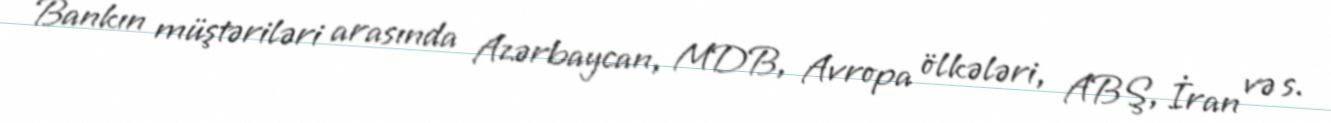
Bankın müştəriləri arasında Azərbaycan, MDB, Avropa ölkələri, ABŞ, İran və s.